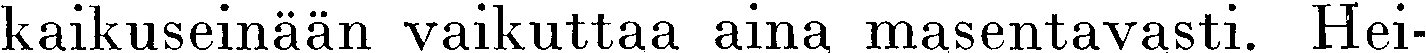
kaikuseinään vaikuttaa aina masentavasti. Hei-